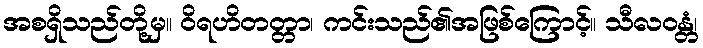
အစရှိသည်တို့မှ။ ဝိရဟိတတ္တာ၊ ကင်းသည်၏အဖြစ်ကြောင့်။ သီလဝန္တံ၊